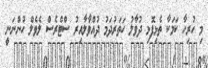
މި ހުރިހާ ކަމަކާ ތެޅިފޮޅި ދުވާލު ހަތަރުދަމު ދުއްވާލާއިރު ސްޓްރެސް ލެވެލް ހުންނަނީ